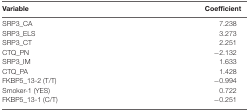
<table><thead><tr><td><b>Variable</b></td><td><b>Coefficient</b></td></tr></thead><tbody><tr><td>SRP3_CA</td><td>7.238</td></tr><tr><td>SRP3_ELS</td><td>3.273</td></tr><tr><td>SRP3_CT</td><td>2.251</td></tr><tr><td>CTQ_PN</td><td>−2.132</td></tr><tr><td>SRP3_IM</td><td>1.633</td></tr><tr><td>CTQ_PA</td><td>1.428</td></tr><tr><td>FKBP5_13-2 (T/T)</td><td>−0.994</td></tr><tr><td>Smoker-1 (YES)</td><td>0.722</td></tr><tr><td>FKBP5_13-1 (C/T)</td><td>−0.251</td></tr></tbody></table>